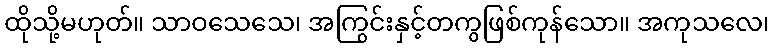
ထိုသို့မဟုတ်။ သာဝသေသေ၊ အကြွင်းနှင့်တကွဖြစ်ကုန်သော။ အကုသလေ၊